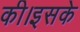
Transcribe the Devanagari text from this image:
की।इसके